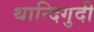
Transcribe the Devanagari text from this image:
थान्दिगुदी